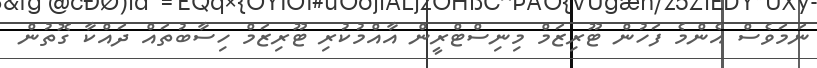
ނަމަވެސް އެންމެ ފަހުން ޓޫރިޒަމް މިނިސްޓްރީން އާއްމުކުރި ޓޫރިޒަމް ހިސާބުތައް ދައްކާ ގޮތުން